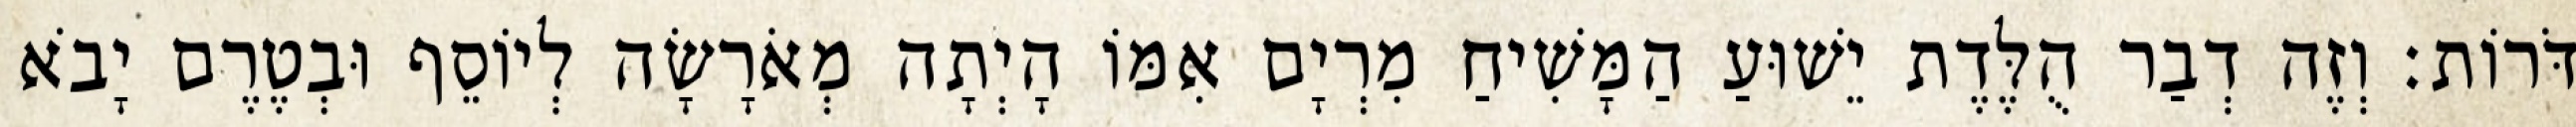
דֹּרוֹת׃ וְזֶה דְבַר הֻלֶּדֶת יֵשׁוּעַ הַמָּשִׁיחַ מִרְיָם אִמּוֹ הָיְתָה מְאֹרָשָׂה לְיוֹסֵף וּבְטֶרֶם יָבֹא